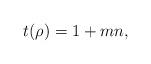
LaTeX: \begin{align*}t(\rho)=1+mn,\end{align*}